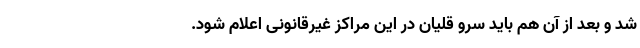
شد و بعد از آن هم باید سرو قلیان در این مراکز غیرقانونی اعلام شود.